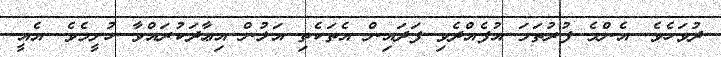
ދުވަހެވެ. އެންމެ ފުރުތަމަ އުފެއްދެވި ފަދައިން އެތަކެތި އަލުން އިޢާދަކުރައްވާ ހުށީމެވެ. އެއީ